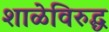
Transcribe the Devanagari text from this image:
शाळेविरुद्ध